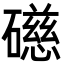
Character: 礠